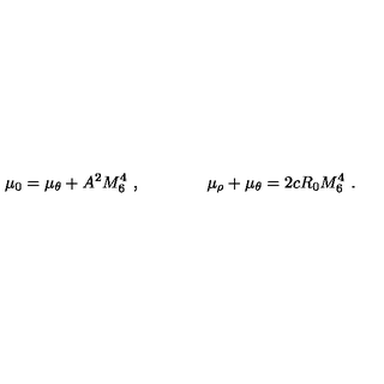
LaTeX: \mu _ { 0 } = \mu _ { \theta } + A ^ { 2 } M _ { 6 } ^ { 4 } \ , \qquad \qquad \mu _ { \rho } + \mu _ { \theta } = 2 c R _ { 0 } M _ { 6 } ^ { 4 } \ .